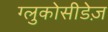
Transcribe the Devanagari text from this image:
ग्लुकोसीडेज़